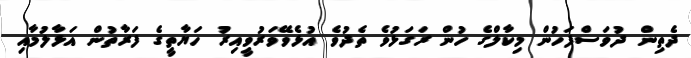
ދެތިން ދުވަސްފަހުން މިކާލްގެ ހުން ރަގަޅުވެ ތެދުވެ އުޅެވޭވަރުވީއިރު ހަޔާތީގެ ފަރާތުން އަޅާލުމާއި